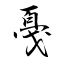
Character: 戞